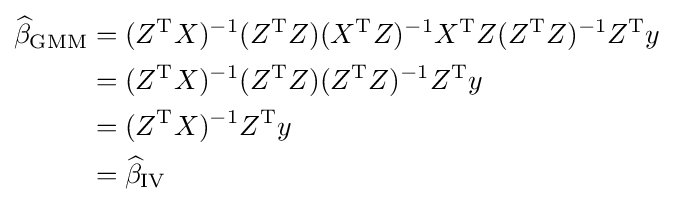
{\begin{aligned}{\widehat {\beta }}_{\mathrm {GMM} }&=(Z^{\mathrm {T} }X)^{-1}(Z^{\mathrm {T} }Z)(X^{\mathrm {T} }Z)^{-1}X^{\mathrm {T} }Z(Z^{\mathrm {T} }Z)^{-1}Z^{\mathrm {T} }y\\&=(Z^{\mathrm {T} }X)^{-1}(Z^{\mathrm {T} }Z)(Z^{\mathrm {T} }Z)^{-1}Z^{\mathrm {T} }y\\&=(Z^{\mathrm {T} }X)^{-1}Z^{\mathrm {T} }y\\&={\widehat {\beta }}_{\mathrm {IV} }\end{aligned}}